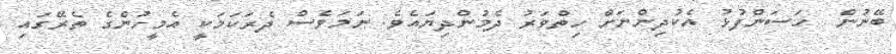
ބޭނުން  ހަސަންފުޅު އެކުދިންނަށް ހިތްވަރު ދެމުންދިޔައެވެ. ނަމަވެސް ދެރަކަމަކީ އެމީހުންގެ ތެރޭގައި